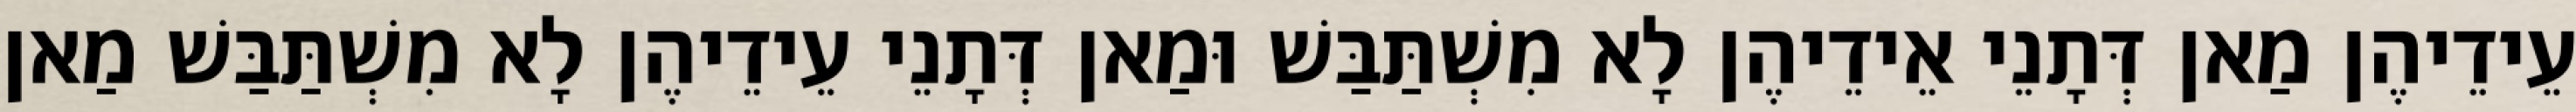
עֵידֵיהֶן מַאן דְּתָנֵי אֵידֵיהֶן לָא מִשְׁתַּבַּשׁ וּמַאן דְּתָנֵי עֵידֵיהֶן לָא מִשְׁתַּבַּשׁ מַאן